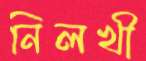
নিলখী